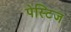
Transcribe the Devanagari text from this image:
पेस्टिज